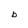
Character: b